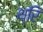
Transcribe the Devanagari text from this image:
थ्रि